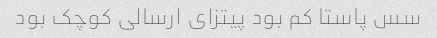
سس پاستا کم بود پیتزای ارسالی کوچک بود